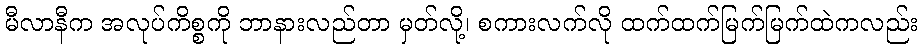
မီလာနီက အလုပ်ကိစ္စကို ဘာနားလည်တာ မှတ်လို့၊ စကားလက်လို ထက်ထက်မြက်မြက်ထဲကလည်း